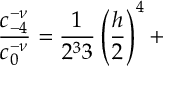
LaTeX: \frac { c _ { - 4 } ^ { - \nu } } { c _ { 0 } ^ { - \nu } } = \frac 1 { 2 ^ { 3 } 3 } \left( \frac h 2 \right) ^ { 4 } +